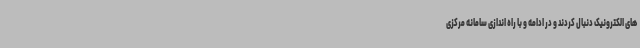
های الکترونیک دنبال کردند و در ادامه و با راه اندازی سامانه مرکزی